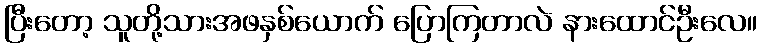
ပြီးတော့ သူတို့သားအဖနှစ်ယောက် ပြောကြတာလဲ နားထောင်ဦးလေ။